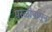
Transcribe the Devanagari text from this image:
परळीपासून